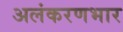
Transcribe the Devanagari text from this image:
अलंकरणभार